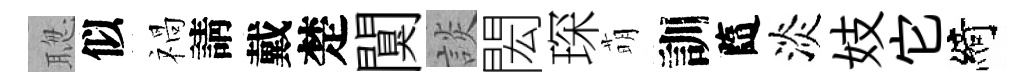
聦似禍請戴楚闃談閎琛萌訓隨淡妓它綺